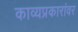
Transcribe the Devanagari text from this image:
काव्यप्रकारांवर